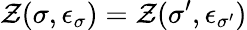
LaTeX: \mathcal{Z}(\sigma,\epsilon_{\sigma})=\mathcal{Z}(\sigma^{\prime},\epsilon_{\sigma^{\prime}})